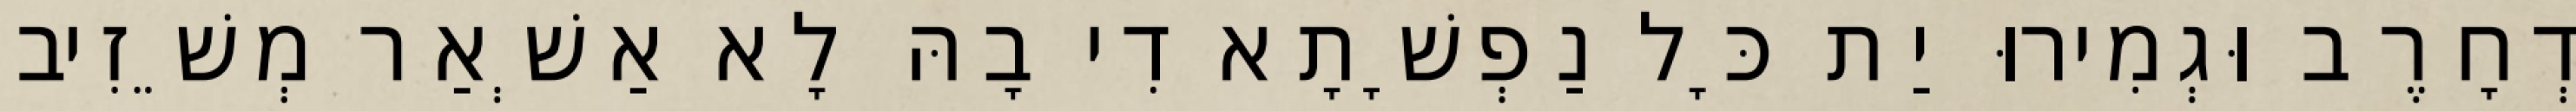
דְחָרֶב וּגְמִירוּ יַת כָּל נַפְשָׁתָא דִי בָהּ לָא אַשְׁאַר מְשֵׁזִיב